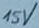
Text: 15V